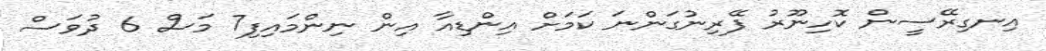
އިނގިރޭސީން ކޮހިނޫރު ފޭރިނުގަންނަ ކަމަށް އިންޑިއާ އިން ނިންމައިފި7 މަސް 6 ދުވަސް